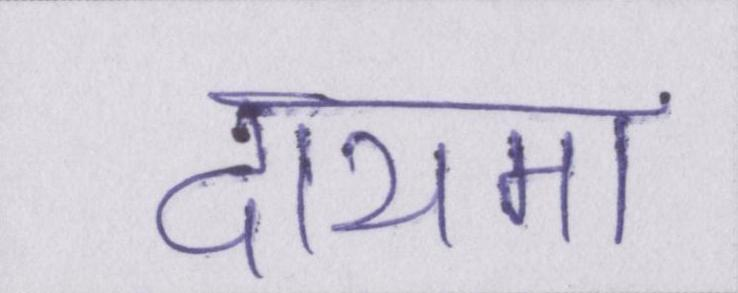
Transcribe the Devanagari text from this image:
दायमा